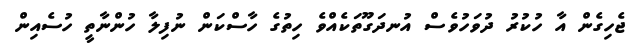
ޖެހިގެން އާ ހުކުރު ދުވަހުވެސް އުނދަގޫތަކެއްވެ ހިތުގެ ހާސްކަން ނުފިލާ ހުންނާތީ ހުސެއިން